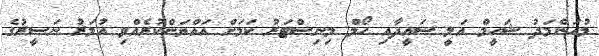
މުހަންމަދު ޝަހީމް އަލީ ސައީދާއި ހޯމް މިނިސްޓަރު ކަމަށް އައްޔަންކުރެއްވި އުމަރު ނަސީރުގެ